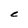
Character: C